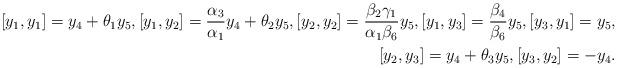
LaTeX: \begin{align*}[y_1, y_1]=y_4+\theta_1y_5, [y_1, y_2]=\frac{\alpha_3}{\alpha_1}y_4+\theta_2y_5, [y_2, y_2]=\frac{\beta_2\gamma_1}{\alpha_1\beta_6}y_5, [y_1, y_3]=\frac{\beta_4}{\beta_6}y_5, [y_3, y_1]=y_5, \\ [y_2, y_3]=y_4+\theta_3y_5, [y_3, y_2]=-y_4.\end{align*}